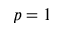
p = 1